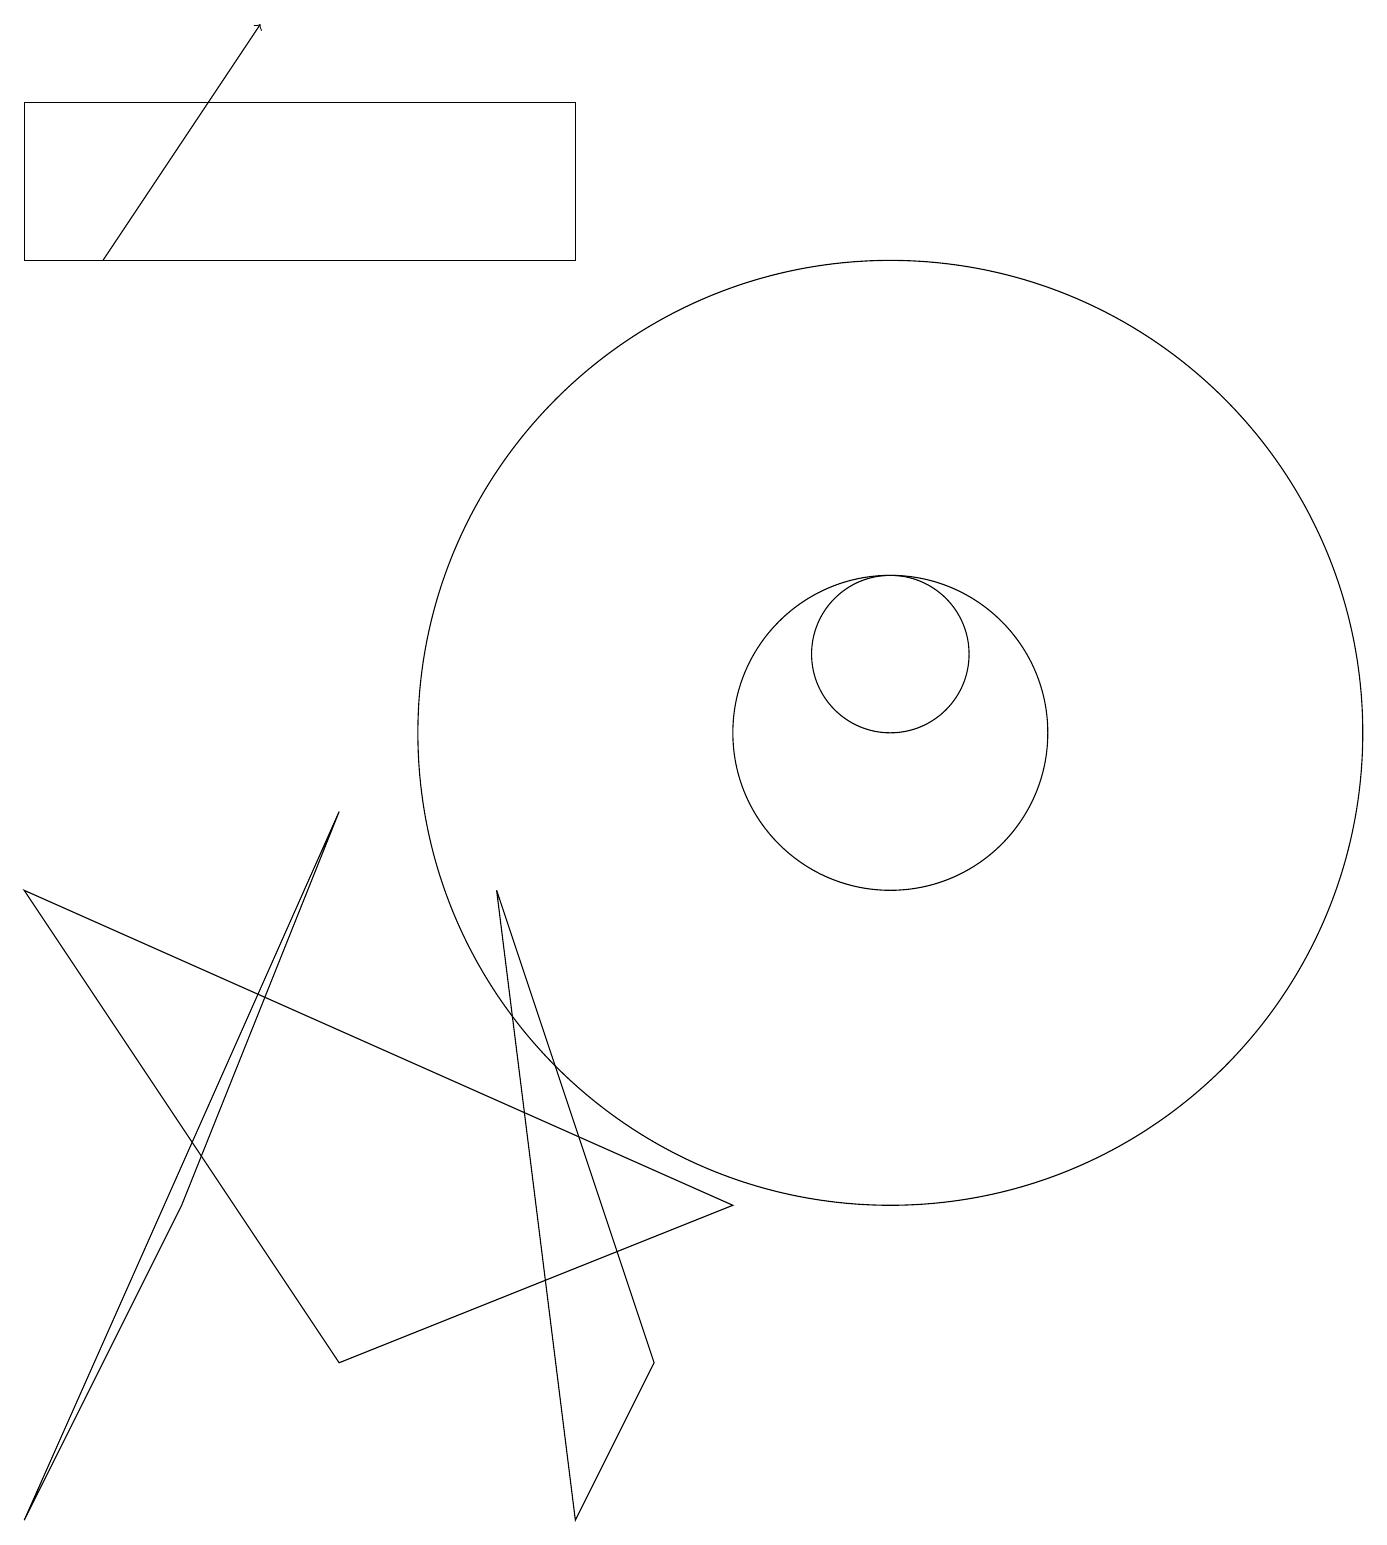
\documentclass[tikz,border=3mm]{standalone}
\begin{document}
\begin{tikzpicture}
\draw (0,0) -- (2,4) -- (4,9) -- cycle;
\draw (9,4) -- (0,8) -- (4,2) -- cycle;
\draw (11,10) circle (2);
\draw[->] (1,16) -- (3,19);
\draw (11,11) circle (1);
\draw (11,10) circle (6);
\draw (7,0) -- (8,2) -- (6,8) -- cycle;
\draw (0,16) rectangle (7,18);
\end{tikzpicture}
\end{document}